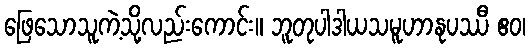
ဖြေသောသူကဲ့သို့လည်းကောင်း။ ဘူတုပါဒါယသမူဟာနုပဿီ ဧဝ၊